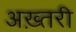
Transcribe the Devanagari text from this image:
अख़्तरी